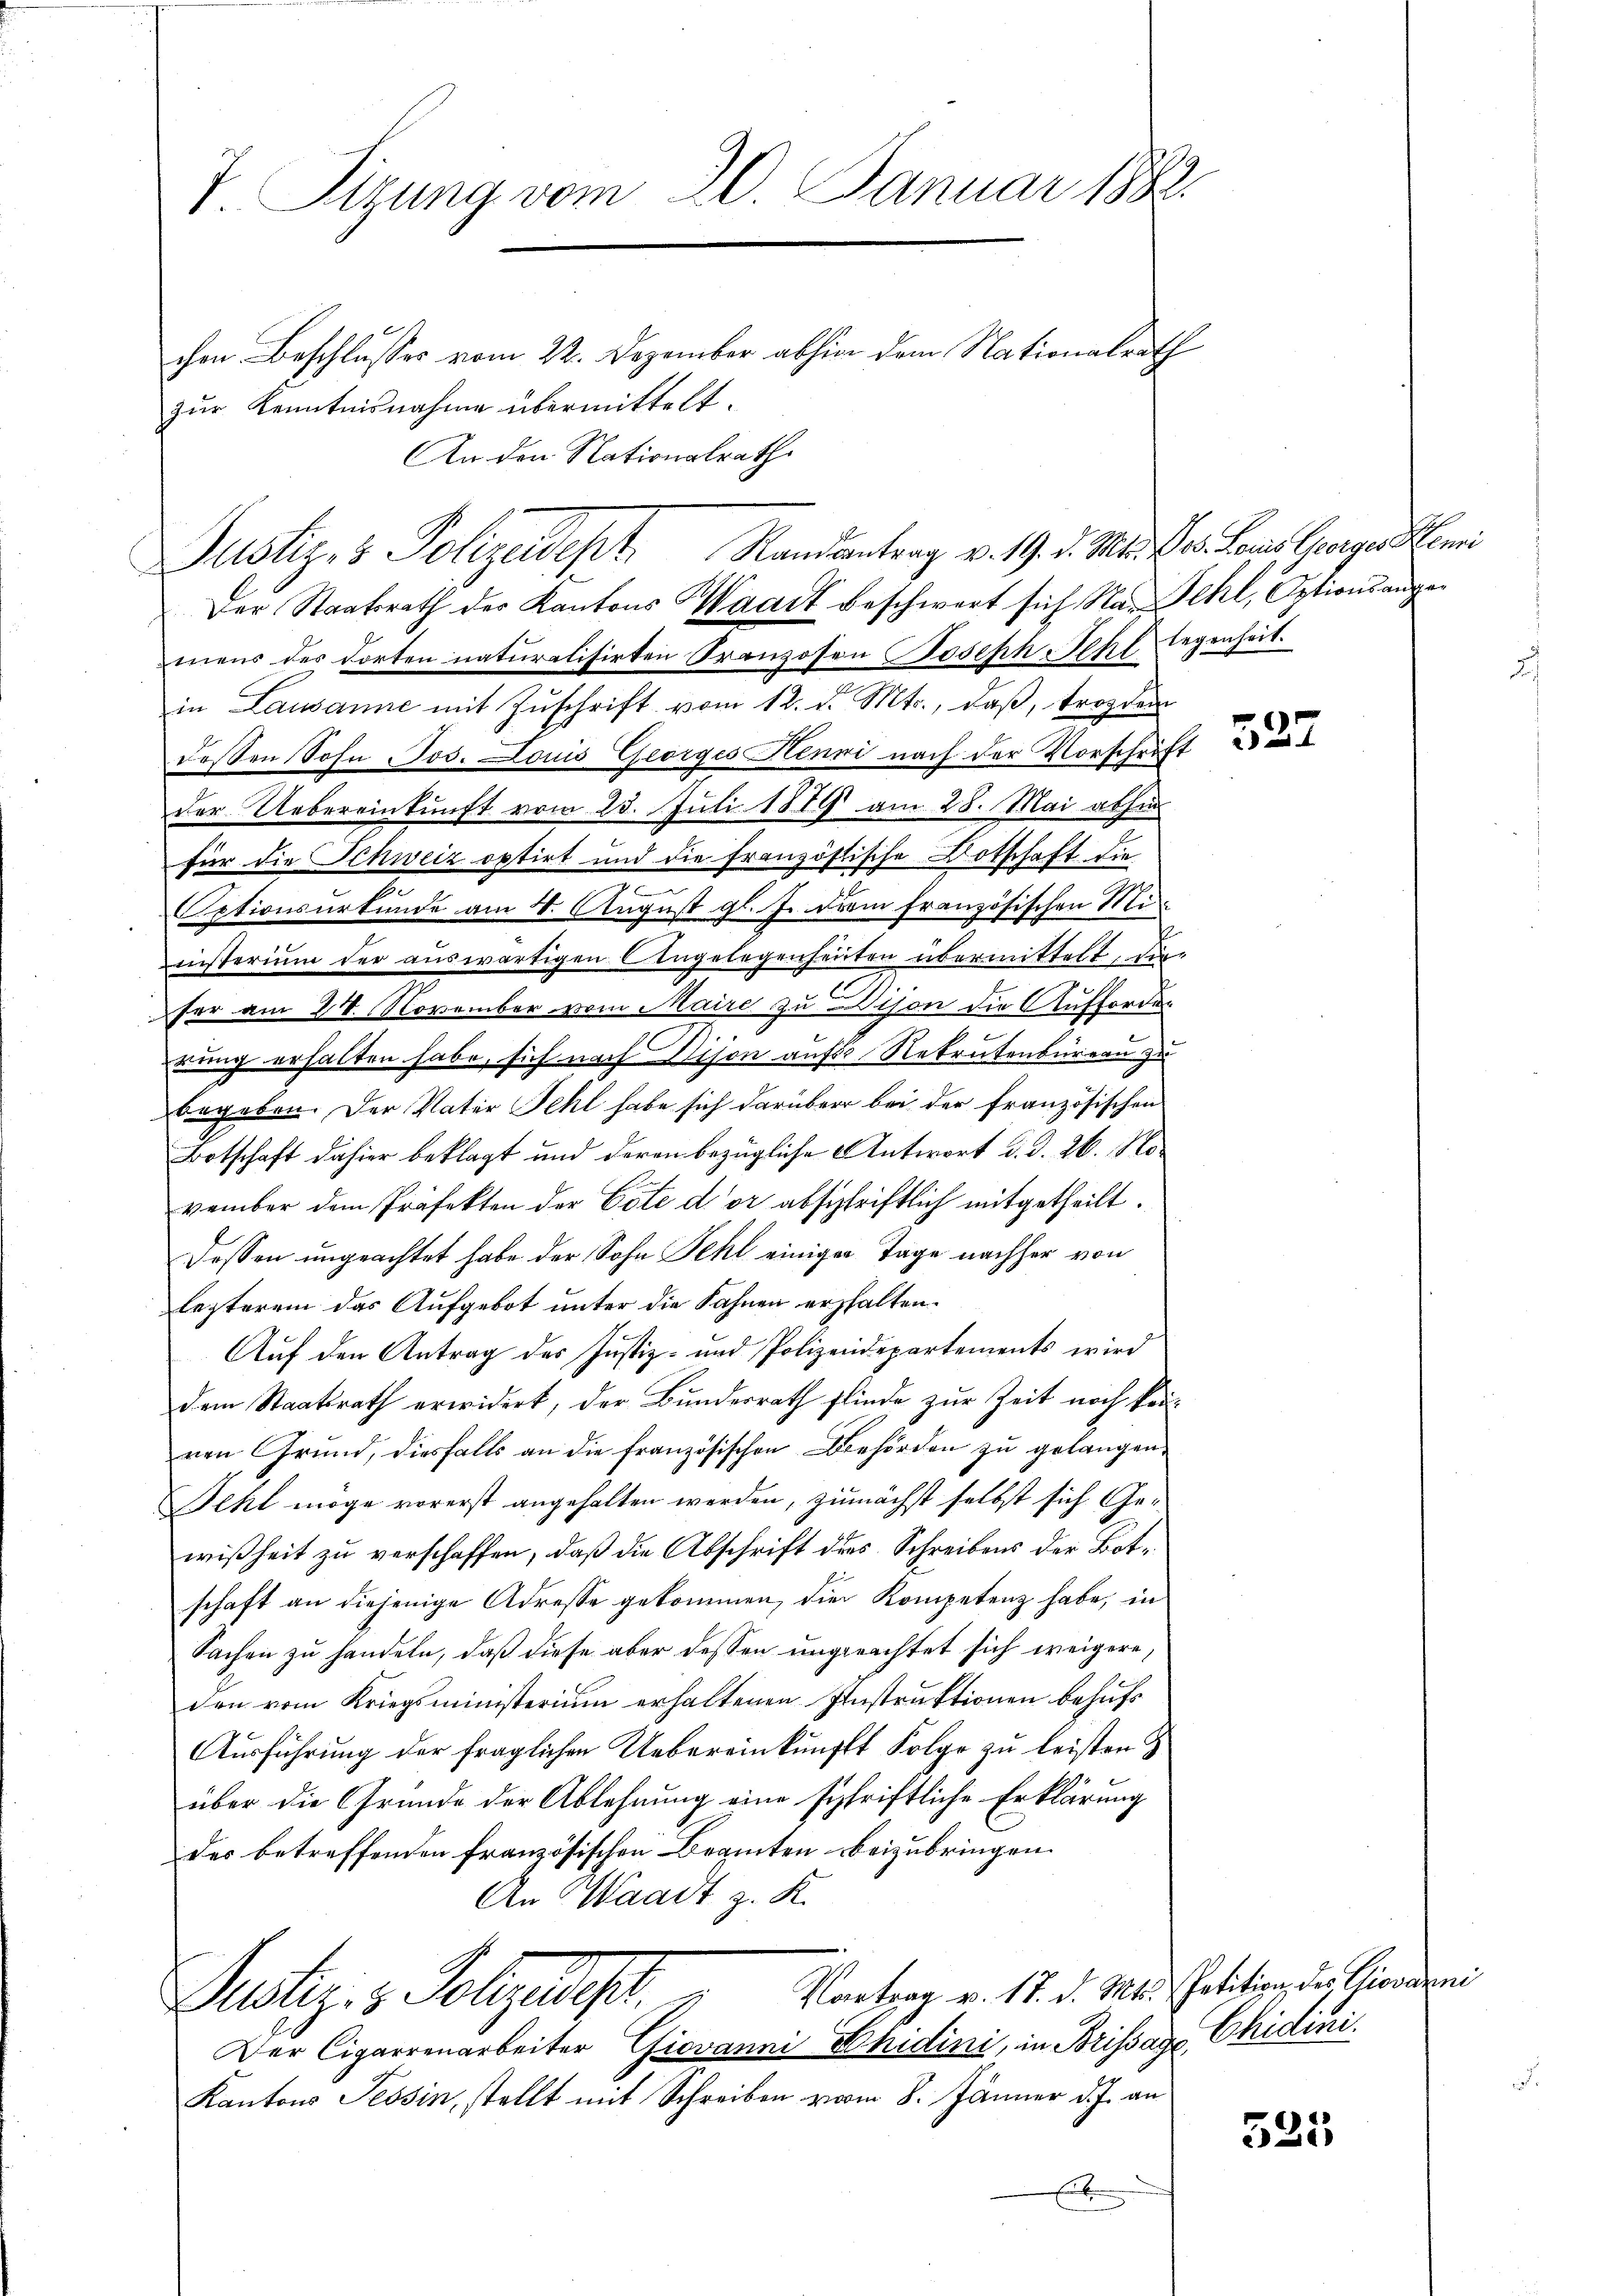
7. Sizung vom 20. Januar 1882.

chen Beschlusses vom 22. Dezember abhin dem Nationalrath
zur Kenntnisnahme übermittelt.
An den Nationalrath

Justiz- & Polizeidept Randantrag v. 19. d. Mts. Ven. Dans Georgen Kemni
Der Staatsrath des Kantons Waadt beschwert sich Na. Fehl, Optionsange¬

mens der dorten naturalisirten Franzosen Joseph Mehl, legenheit.
in Lausanne mit Zuschrift vom 12. d. Mts., daß, tropfen
dessen Sohn Jos. Louis Georges Henni nach der Vorschrift
der Uebereinkunft vom 23. Juli 1879 am 28. Mai abhin
für die Schweiz optirt und die französische Botschaft die
7
Optionsurkunde am 4. August gl. J. dein französischen Ministerium der auswärtigen Angelegenheuten übermittelt, den
ser am 24. November vom Maire zu Dison die Aufforden
n
rung erhalten habe, sich nach Dison aufs Rekrutensureau zu
begeben. Der Vater Fehl habe sich darüber bei der französischen
Botschaft dahier beklagt und deren bezügliche Antwort d. d. 26. November dem Präfekten der Cote der abschriftlich mitgetheilt.
dessen ungeachtet habe der Sohn Fehl einiger Tage nachher von
lezterem das Aufgebot unter die Fahnen erhalten.
Auf den Antrag des Justiz- und Polizeidepartements wird
dem Staatsrath erwidert, der Bundesrath flinde zur Zeit noch können Grund, diesfalls an die französischen Behörden zu gelangen,
Fehl möge vorerst angehalten werden, zunächst selbst sich Gewißheit zu verschaffen, daß die Abschrift dies Schreibens der Botschaft an diejenige Adresse gekommen, die Kompetenz habe, in
Sachen zu handeln, daß diese aber dessen ungeachtet sich weigere,
den vom Kriegsministerium erhaltenen Instruktionen behufs
Ausführung der fraglichen Uebereinkunftt Folge zu leisten
über die Grunde der Ablehnung eine schriftliche Erklärung
der betreffenden französischen Beamten beizubringen.
An Waadt z. R.
Vortrag v. 17. d. Mts. Petition des Giovanni
Justiz- & Polizeise.
Der Cigarrenarbeiter Giovanni Khidini, in Brissar Chidini.
Kantons Tessin, stellt mit Schreiben vom 8. Jänner d. J. an
E

525